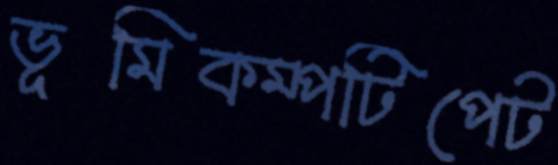
ভূমিকম্পটিপেট